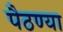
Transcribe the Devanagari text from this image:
पैठण्या